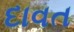
દાવત